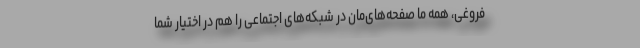
فروغی، همه ما صفحه‌‌های‌مان در شبکه‌های اجتماعی را هم در اختیار شما